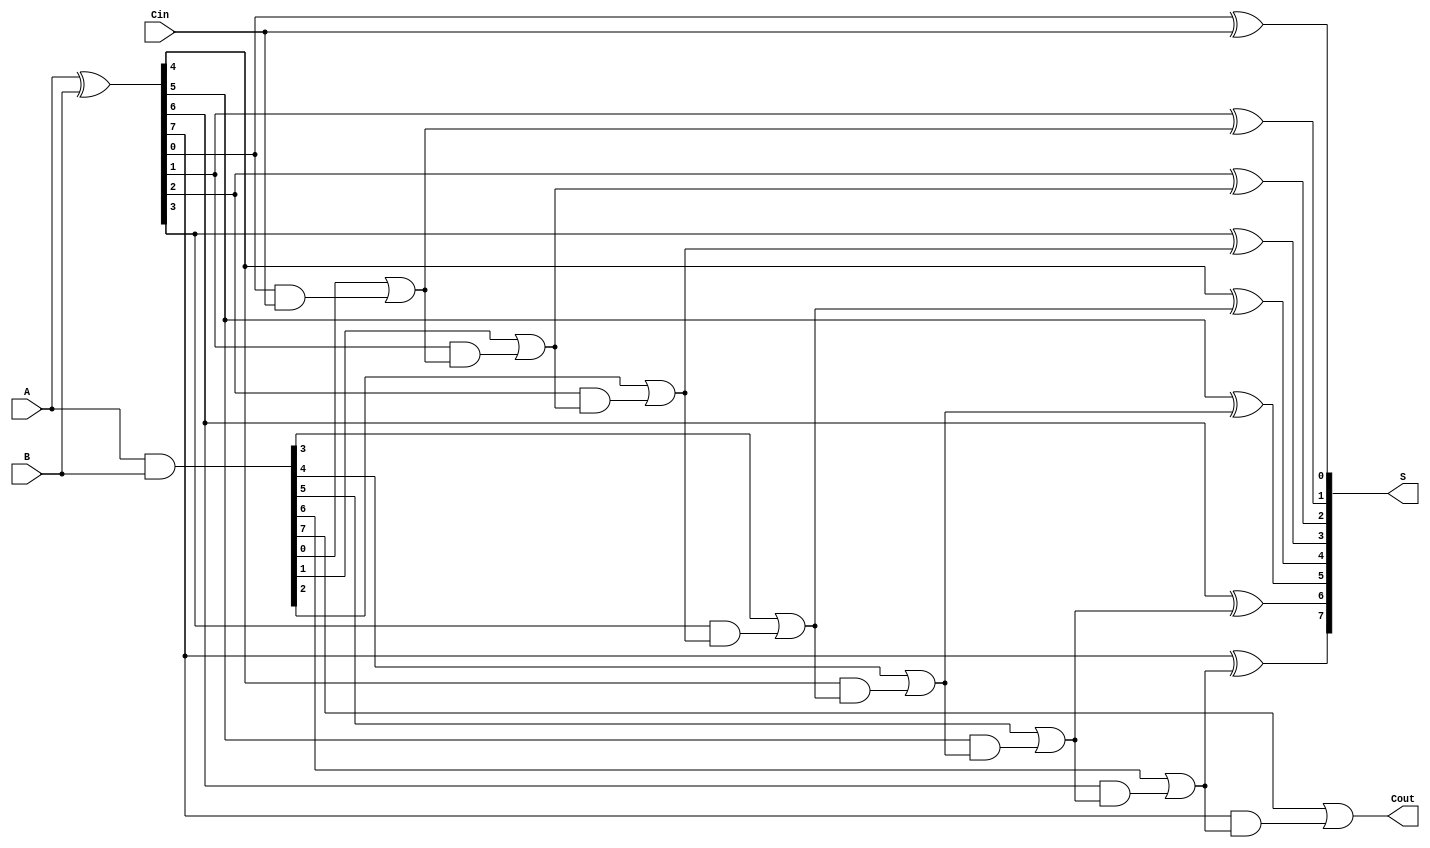
module PrecomputationCarryAdder #(
    parameter N = 8  // Bit-width of the inputs (default 8 bits)
) (
    input [N-1:0] A,    // First n-bit binary number
    input [N-1:0] B,    // Second n-bit binary number
    input Cin,          // Carry-in bit
    output [N-1:0] S,   // n-bit sum output
    output Cout         // Carry-out output
);

    // Generate and propagate signals
    wire [N-1:0] G;     // Generate signals
    wire [N-1:0] P;     // Propagate signals
    wire [N:0] C;       // Carry signals

    // Generate and propagate calculations
    assign G = A & B;   // G[i] = A[i] & B[i]
    assign P = A ^ B;   // P[i] = A[i] ^ B[i]

    // Carry generation
    assign C[0] = Cin;  // Initial carry-in
    genvar i;
    generate
        for (i = 1; i <= N; i = i + 1) begin : carry_generation
            assign C[i] = G[i-1] | (P[i-1] & C[i-1]);
        end
    endgenerate

    // Sum calculation using precomputed carries
    generate
        for (i = 0; i < N; i = i + 1) begin : sum_generation
            assign S[i] = P[i] ^ C[i]; // S[i] = A[i] ^ B[i] ^ C[i]
        end
    endgenerate

    // Final carry-out
    assign Cout = C[N];  // Carry-out from the last carry bit

endmodule